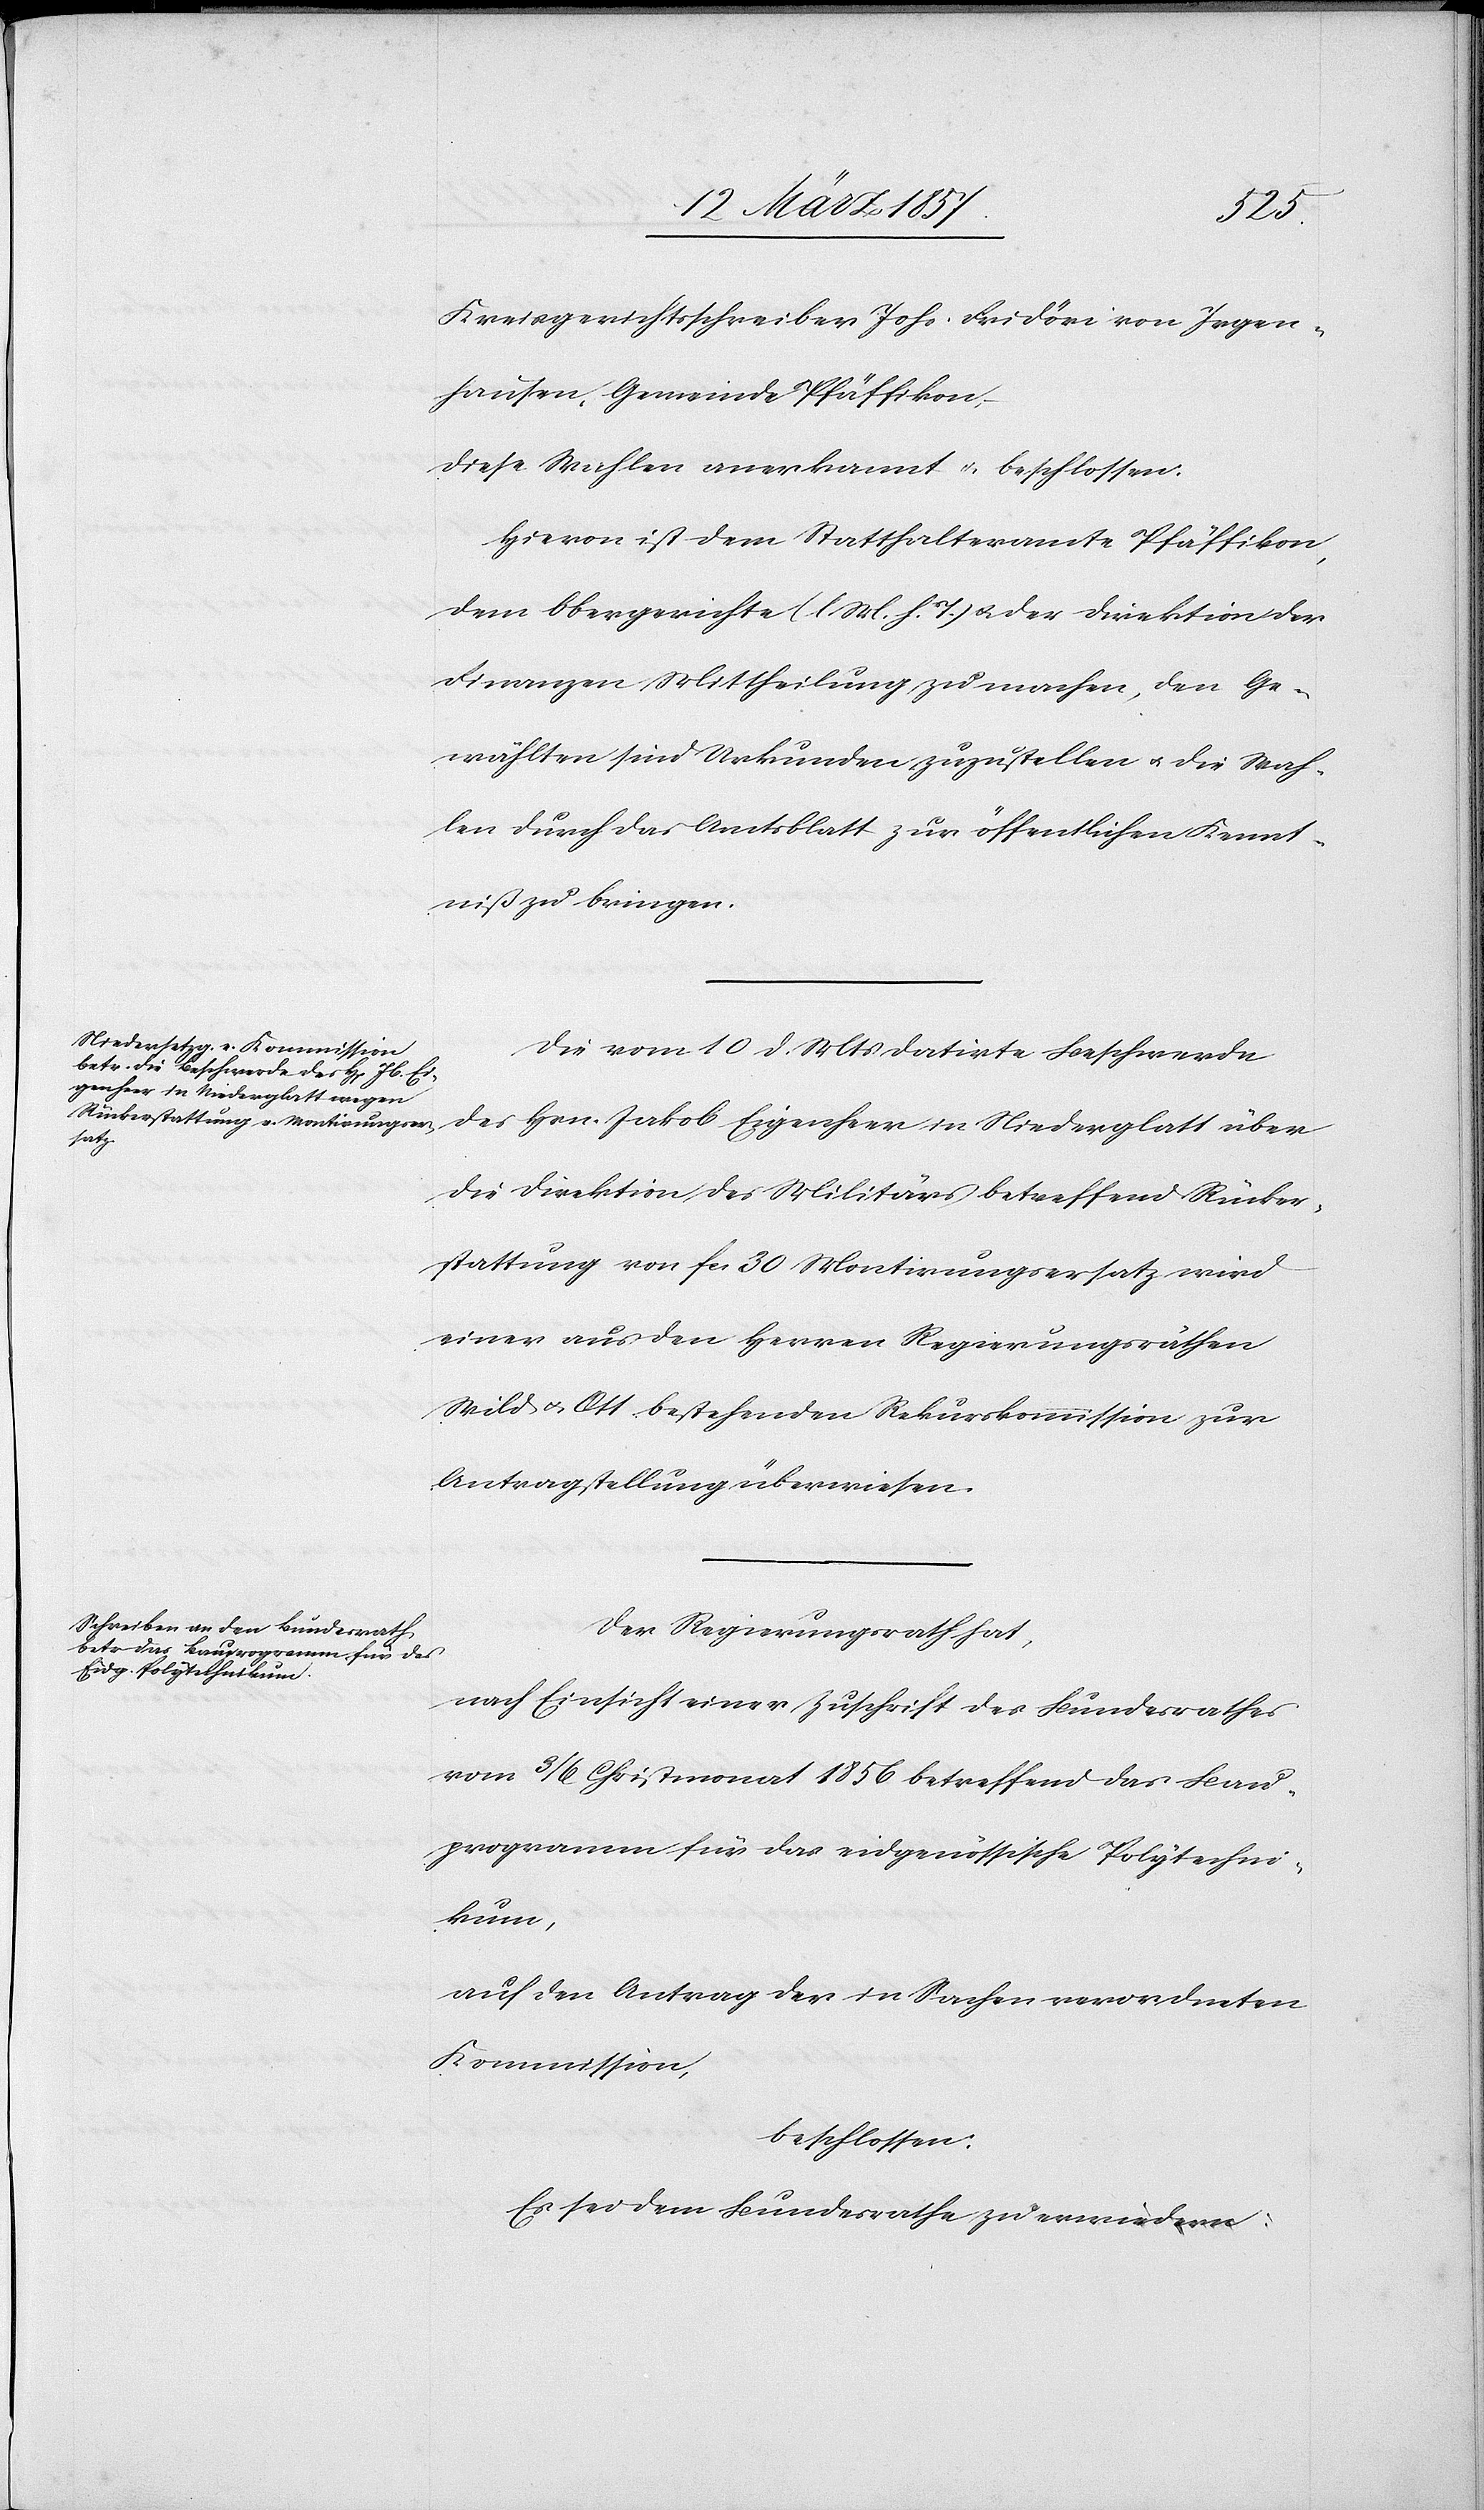
Kreisgerichtsschreiber Johs. Fridöri von Irgen¬
hausen, Gemeinde Pfäffikon,
diese Wahlen anerkannt u. beschlossen:
Hievon ist dem Statthalteramte Pfäffikon,
dem Obergerichte (l. M. h. T.) u. der Direktion der
Finanzen Mittheilung zu machen, den Ge¬
wählten sind Urkunden zuzustellen u. die Wah¬
len durch das Amtsblatt zur öffentlichen Kennt¬
niß zu bringen.
Die vom 10 d. Mts datirte Beschwerde
des Hrn. Jakob Eigenheer in Niederglatt über
die Direktion des Militärs betreffend Rücker¬
stattung von fr. 30 Montirungsersatz wird
einer aus den Herren Regierungsräthen
Wild u. Ott bestehenden Rekurskommission zur
Antragstellung überwiesen.
Der Regierungsrath hat,
nach Einsicht einer Zuschrift des Bundesrathes
vom 3/6 Christmonat 1856 betreffend das Bau¬
programm für das eidgenössische Polytechni¬
kum,
auf den Antrag der in Sachen verordneten
Kommission,
beschlossen:
Es sei dem Bundesrathe zu erwiedern: